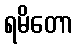
ရမိတော